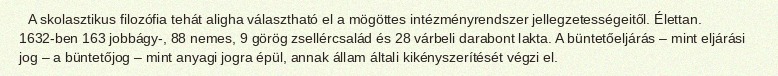
A skolasztikus filozófia tehát aligha választható el a mögöttes intézményrendszer jellegzetességeitől. Élettan. 1632-ben 163 jobbágy-, 88 nemes, 9 görög zsellércsalád és 28 várbeli darabont lakta. A büntetőeljárás – mint eljárási jog – a büntetőjog – mint anyagi jogra épül, annak állam általi kikényszerítését végzi el.